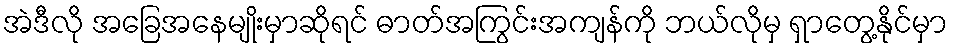
အဲဒီလို အခြေအနေမျိုးမှာဆိုရင် ဓာတ်အကြွင်းအကျန်ကို ဘယ်လိုမှ ရှာတွေ့နိုင်မှာ